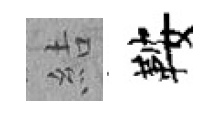
結鞍